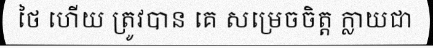
ថៃ ហើយ ត្រូវបាន គេ សម្រេចចិត្ត ក្លាយជា